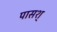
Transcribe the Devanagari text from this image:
पासश्